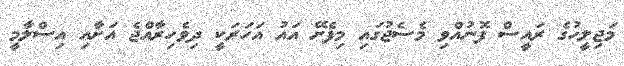
މަޖިލީހުގެ ރައީސް ފޮނުއްވި މެސެޖުގައި މިފެށޭ އައު އަހަރަކީ ދިވެހިރާއްޖެ އަށާއި އިސްލާމީ